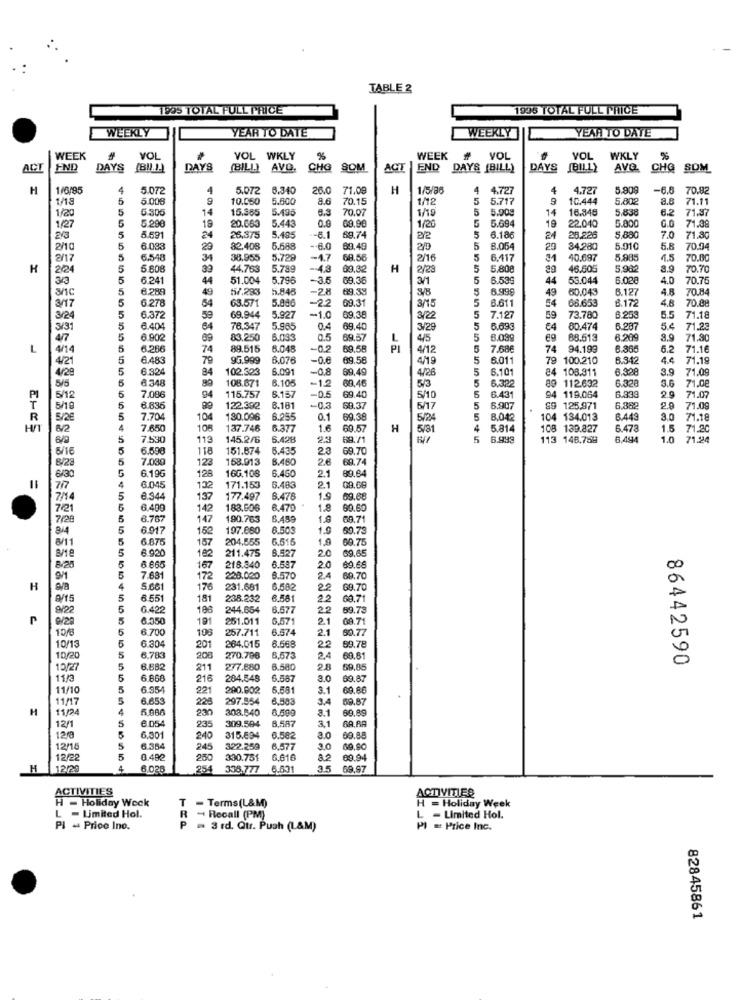
TABLE 2
E95 TOTAL FULL PRICE
1995 TOTAL FULL PRICE
WEEKLY
YEAR TO DATE
WEEKLY
YEAR TO DATE
WEEK
YOL
VOL WKLY
WEEK
VOL
VOL
WKLY
ACI
END
DAYS
(BU.J.)
DAYS
(BILL) AVO.
CHO
SOM
ACT
END DAYS (BILL)
DAYS (BILLY
AVQ.
CHO
SOM
H
1/6/85
4
5.07
4
5.072
6.340
26.0
71.09
H
1/5/86
4
4.727
4.727
5.909
-6.6
70.82
1/18
5
5.008
10.050
5.800
8.6
70.1
1/12
5
5.717
9
10.444
5.802
71.11
1/20
5
6.306
14
15.385
5.495
8.9
70.07
1/19
5
5.909
14
16.346
5.838
6.2
71.37
5
5.290
20.663
5.443
0.0
00,90
5.694
22.040
5.000
71.3
1/27
5
19
1/20
5
19
5.591
24
26,375
5.485
-6.1
59.7
5
6.186
24
25.225
5,880
7.0
71.3
2/10
5
6.083
29
82.408
5.588
-- 6.0
89.49
2/0
5
8.054
29
34280
5.910
5.5
70.04
2/17
5
6.548
34
38.955
5.729
-4.7
68.5
2/16
5
6,417
40.697
5.985
4.5
70.00
H
2/24
5
5 .60€
39
44.763
5.789
-- 4.3
60.32
H
2/29
5
5,808
46.505
5.982
70.70
3/3
5
6.241
44
51.004
5.796
-3.
69.3
3/1
5
6.539
44
53.044
6.028
4.0
70.75
5
6.289
49
557.283
5.848
-28
69.38
8/B
5.99
49
60.043
6.127
4.8
70.84
3/17
5
6.278
54
63.571
5.086
-22
69.31
3/15
6.611
54
68.653
8.172
70.88
5
73.780
3/24
5
6.37
59
69.944
5.927
-1.0
69.38
3/22
5
7.127
59
6.253
5.5
71.18
3/31
5
6.404
64
76.347
5.965
0.4
69.4
3/29
5
6.69
€4
80.474
6.287
5.4
71.23
4/7
5
6.90
69
83.250
6.033
0.5
69,57
4/5
5
6.099
eg
88.513
6.209
71.30
L
4/14
5
6.286
74
89.515
6.048
-0.2
69.58
4/12
5
7.68€
74
94.199
6.366
6.
71.16
4/21
5
6.48
79
95.999
6.07€
-0.6
69.56
4/19
5
6.011
79 100.210
8.942
71.19
4/29
5
6.324
84
102.323
6.091
-0.8
69.4
4/26
5
6.101
84 108.911
6.328
3.9
71.09
5/5
5
6.348
108.671
6.105
-12
5/3
5
6.382
89 112.632
6.328
71.08
5
89
115.757
6.157
69,46
9.4
119.064
PI
5/12
7.086
94
69.4
5/10
5
6.43
6.333
2.
71.07
T
5/19
5
6.83
122.382
8.181
-0.3
69.37
5/17
5
6.907
89 125.971
6.882
2.9
71.0
R
5/2€
5
7.70
104
180.096
6.955
0.1
69.38
5/24
5
8.042
4 134.013
6.443
3.0
71.18
4
7.650
100
137.746
6.377
1.
69.57
H
5/81
4
5.814
108 139.827
6.473
1.5
71.20
6/9
5
7.530
113
145.2/6
6.426
25
69.71
5
6.949
113 148.758
8,494
1.0
71.224
6/16
5
6.59€
118
151.874
6.435
2.0
69.70
B/23
5
7.030
123
168.013
8.460
2.6
69.74
5
6.196
16G.108
6.46
89.64
6/30
128
2.1
21
77
6.045
132
171.153
6.483
09.0
7/14
5
8.344
137
177.497
6.478
1.9
69.68
7/21
6.400
142
183.506
6.470
1.8
69.60
7/28
5
6.767
147
190.763
6.459
1.6
69.71
8/4
5
6.917
152
197.680
8.505
1.0
60.73
8/11
6.87
157
204.555
6.515
1.9
69.75
5
8 920
211.475
8.527
20
69.65
182
8/20
6 665
167
218.340
6.537
2.0
69.68
7.631
172
228.020
8.570
24
69.70
H
4
5.66
176
231.681
6.582
22
69.70
5
6.551
181
238.232
6.581
22
60.71
9122
5
6.422
108
244.654
6.577
2.2
69.73
0/28
5
6.350
191
251.011
6.571
2.1
08.71
5
6.700
108
257.711
6.574
2.1
60.77
10/13
5
6.568
22
6.304
201
264.015
69.78
10/20
5
6.783
200
270.786
6,573
2.4
69.81
86442590
10/27
5
6.88
211
277.880
6.580
2.8
59.85
11/
6.868
216
204.548
6.587
3.0
69.87
11/10
5
6.954
221
200.002
6.581
3.1
69.8
11/17
6.65
226
297.854
6.583
3.4
69.87
H
11/24
4
308.540
3.1
69.89
12/1
5
309.594
8.587
3.1
BARA
120
6.05
235
6.001
240
315.694
6.582
3.0
69.88
12/1
5
6.354
245
322.259
6.577
3.0
60.90
12/22
5
8 482
250
330.751
6.616
8.2
89.94
H
12/20
4
6.026
254
338.777
3.5
69.97
ACTIVITIES
ACTIVITIES
H - Holiday Weck
H = Holiday Week
T - Terms (L&M)
L - Limited Hol.
3 - Recall (PM)
L - Limited Hol.
PI - Price Ino.
P = 3 rd. Qtr. Push (L&M)
PI = Price Inc.
82845861